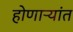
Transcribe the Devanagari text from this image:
होणाऱ्यांत